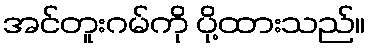
အင်တူးဂမ်ကို ပို့ထားသည်။